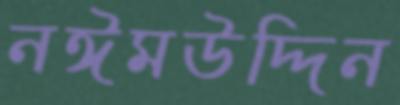
নঈমউদ্দিন